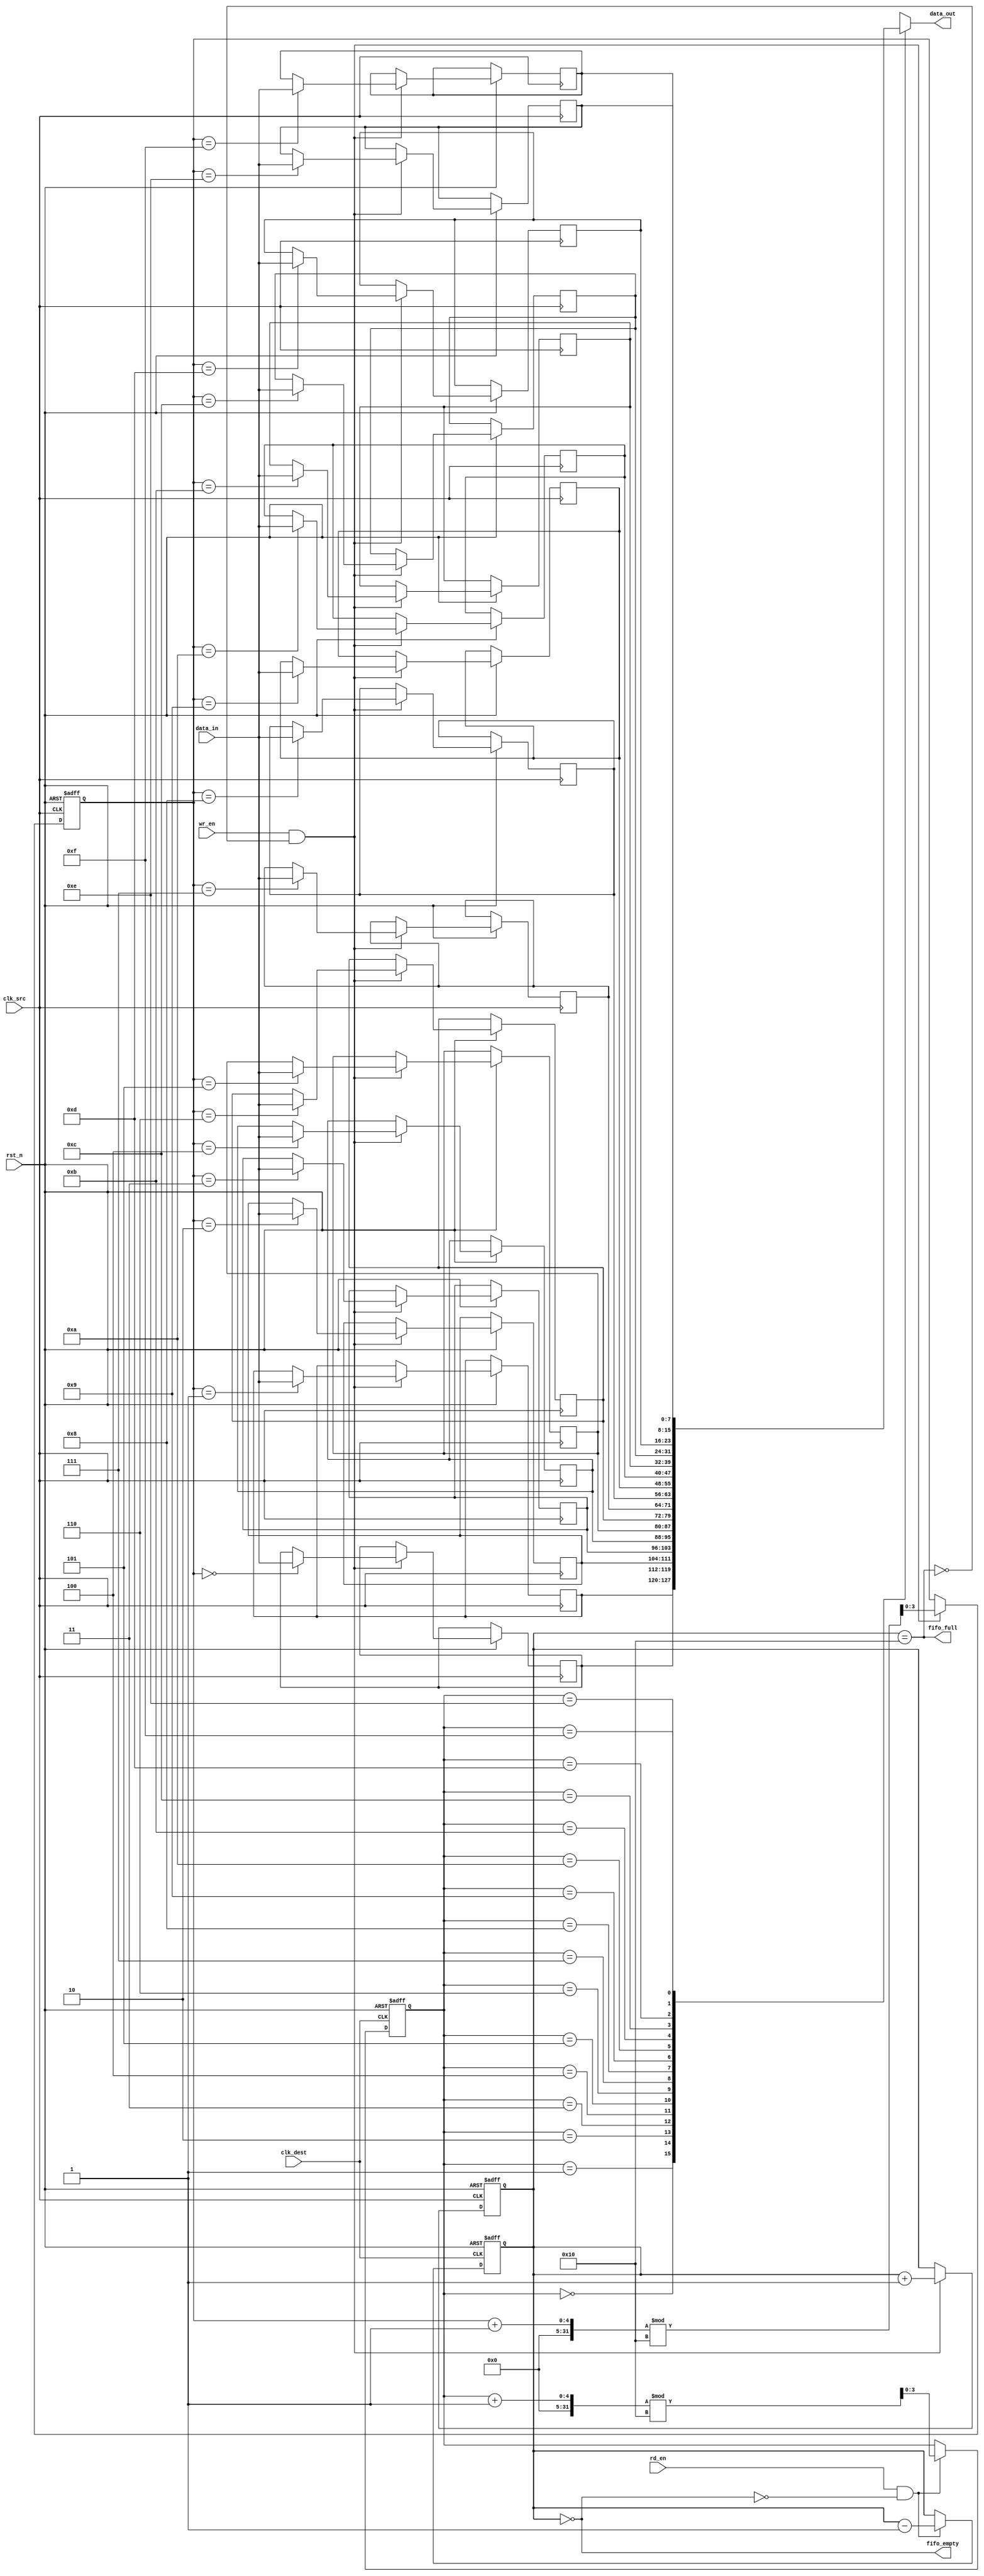
module fifo_sync #(
    parameter DATA_WIDTH = 8,   // Width of the data bus
    parameter FIFO_DEPTH = 16    // Depth of the FIFO
)(
    input  wire                clk_src,      // Source clock
    input  wire                clk_dest,     // Destination clock
    input  wire                rst_n,        // Asynchronous reset, active low
    input  wire [DATA_WIDTH-1:0] data_in,    // Data input bus
    input  wire                wr_en,        // Write enable signal
    input  wire                rd_en,        // Read enable signal
    output wire [DATA_WIDTH-1:0] data_out,   // Data output bus
    output wire                fifo_empty,    // FIFO empty flag
    output wire                fifo_full       // FIFO full flag
);
    
    // Define internal signals
    reg [DATA_WIDTH-1:0] fifo_mem [0:FIFO_DEPTH-1];  // FIFO memory
    reg [3:0] wr_ptr = 0;  // Write pointer
    reg [3:0] rd_ptr = 0;  // Read pointer
    reg [4:0] num_elements = 0; // Number of elements in FIFO

    // Flags
    assign fifo_empty = (num_elements == 0);
    assign fifo_full = (num_elements == FIFO_DEPTH);
    assign data_out = fifo_mem[rd_ptr]; // Output data at read pointer

    // Write logic (synchronous to source clock)
    always @(posedge clk_src or negedge rst_n) begin
        if (~rst_n) begin
            wr_ptr <= 0;
            num_elements <= 0;
        end else begin
            if (wr_en && !fifo_full) begin
                fifo_mem[wr_ptr] <= data_in; // Write data
                wr_ptr <= (wr_ptr + 1) % FIFO_DEPTH; // Circular increment
                num_elements <= num_elements + 1;
            end
        end
    end

    // Read logic (synchronous to destination clock)
    always @(posedge clk_dest or negedge rst_n) begin
        if (~rst_n) begin
            rd_ptr <= 0;
            num_elements <= 0;
        end else begin
            if (rd_en && !fifo_empty) begin
                rd_ptr <= (rd_ptr + 1) % FIFO_DEPTH; // Circular increment
                num_elements <= num_elements - 1;
            end
        end
    end

endmodule